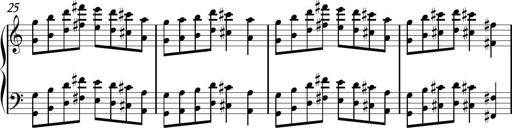
Title: Sonhatina
Composer: Davi Rocha
Key: C major